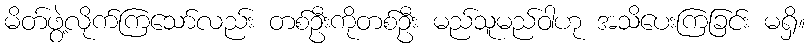
မိတ်ဖွဲ့လိုက်ကြသော်လည်း တစ်ဦးကိုတစ်ဦး မည်သူမည်ဝါဟု အသိပေးကြခြင်း မရှိ။